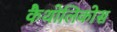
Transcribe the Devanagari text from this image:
कैथोलिकोस